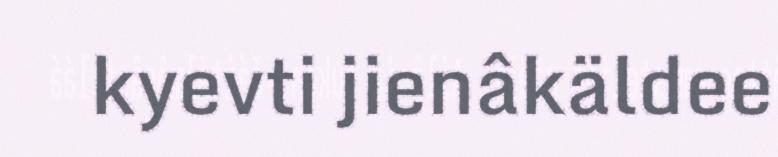
kyevti jienâkäldee